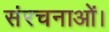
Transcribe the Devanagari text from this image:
संरचनाओं।